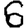
Digit: 6